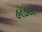
હોડલ